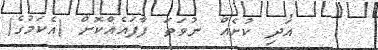
އަދި ކުށެއް ނުވަތަ ފާފައެއްކޮށް (އެކަމުގެ)